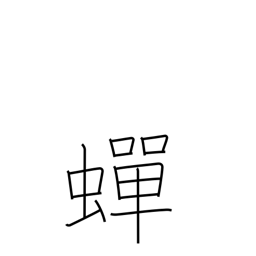
Meaning: continuous